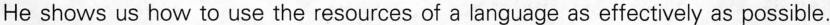
He shows us how to use the resources of a language as effectively as possible.